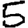
Digit: 5